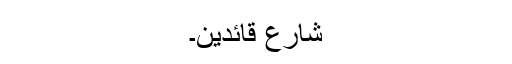
شارع قائدین۔